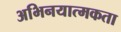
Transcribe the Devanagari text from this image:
अभिनयात्मकता